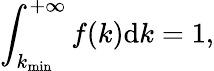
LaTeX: \int_{k_{\operatorname*{min}}}^{+\infty}f(k)\mathrm{d}k=1,